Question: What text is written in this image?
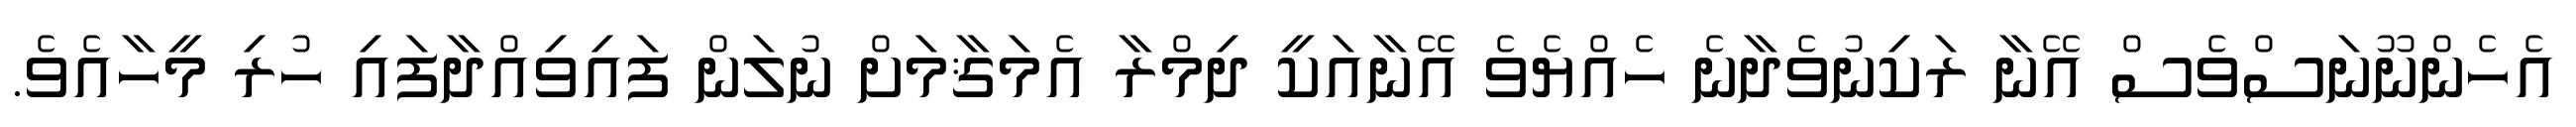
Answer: އެހެންނޫނަސްވެސް އޭނާ ރަކިނުވެދާނެ ހެއްޔެވެ އޭނާއަކީ ދިމްރާ އެމަޤާމަށް ނުލަން ފައިވިއްދާފައި ހުރި މީހާއެވެ.